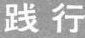
践行